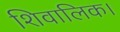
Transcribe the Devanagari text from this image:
शिवालिक।